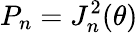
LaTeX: P_{n}=J_{n}^{2}(\theta)